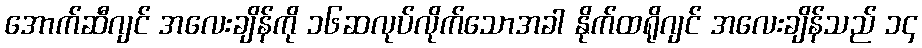
အောက်ဆီဂျင် အလေးချိန်ကို ၁၆ဆလုပ်လိုက်သောအခါ နိုက်ထရိုဂျင် အလေးချိန်သည် ၁၄